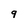
Character: 9